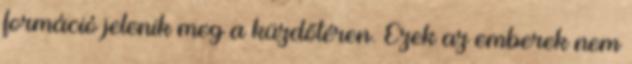
formáció jelenik meg a küzdőtéren. Ezek az emberek nem